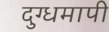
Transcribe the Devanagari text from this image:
दुग्धमापी